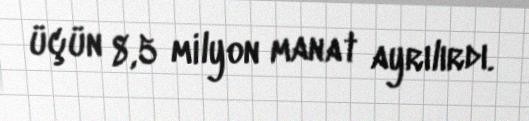
üçün 8,5 milyon manat ayrılırdı.